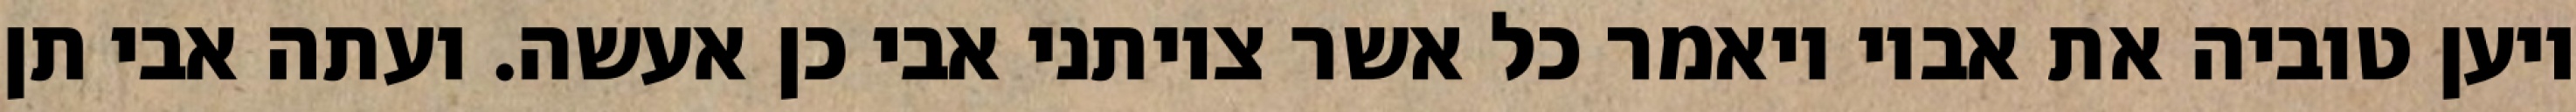
ויען טוביה את אביו ויאמר כל אשר צויתני אבי כן אעשה. ועתה אבי תן